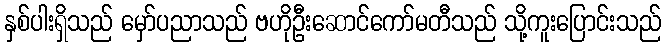
နှစ်ပါးရှိသည် မှော်ပညာသည် ဗဟိုဦးဆောင်ကော်မတီသည် သို့ကူးပြောင်းသည်